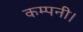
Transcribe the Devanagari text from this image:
कम्पनी।